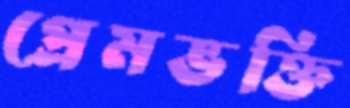
প্রেমভক্তি